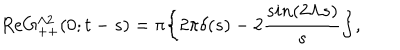
R e G _ { + + } ^ { \Lambda 2 } ( 0 ; t - s ) = \pi \bigg \{ 2 \pi \delta ( s ) - 2 { \frac { s i n ( 2 \Lambda s ) } { s } } \bigg \} ,